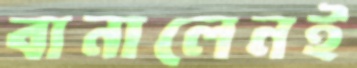
বানালেনই